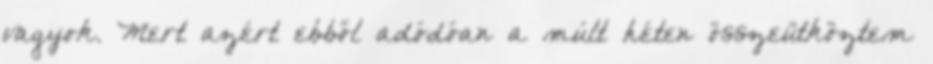
vagyok. Mert azért ebből adódóan a múlt héten összeütköztem